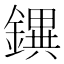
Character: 𨭄